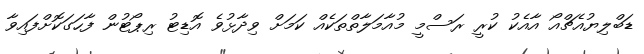
ޑަބްލިޔުއެޗްއޯ އާއެކު ކުރީ ރަސްމީ މުއާމަލާތްތަކެއް ކަމަށް ވިދާޅުވެ އޮޑިޓު ރިޕޯޓުން ފާހަގަކޮށްފައިވާ